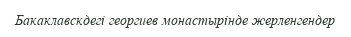
Бакаклавскдегі георгиев монастырінде жерленгендер